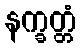
နက္ခတ္တံ